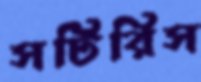
সটিরিস